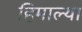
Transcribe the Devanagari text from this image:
हिमाल्या